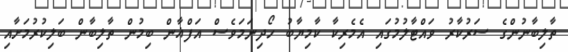
ތާލިބާނުންގެ ސަރުކާރު ވައްޓާލުމުގައި އެމެރިކާ ކާމިޔާބު ހޯދިނަމަވެސް އަފްޣާން ބިމުން ތާލިބާން ބަލިކުރުމަށާއި